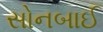
સોનબાઈ